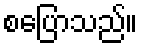
စပြောသည်။